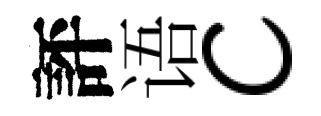
評语c